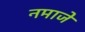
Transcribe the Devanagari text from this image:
नमाजे